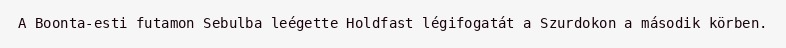
A Boonta-esti futamon Sebulba leégette Holdfast légifogatát a Szurdokon a második körben.